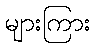
များကြား